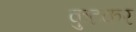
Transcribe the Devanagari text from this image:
कुटकर